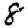
Digit: 8